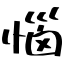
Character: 惱